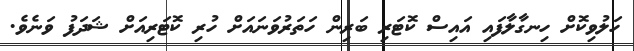
ހަލުވިކޮށް ހިނގާލާފައި އައިސް ކޮޓަރި ބަރިން ހަތަރުވަނައަށް ހުރި ކޮޓަރިއަށް ޝަދަފު ވަނެވެ.